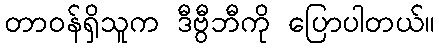
တာဝန်ရှိသူက ဒီဗွီဘီကို ပြောပါတယ်။